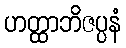
ဟတ္ထာဘိဇပ္ပနံ